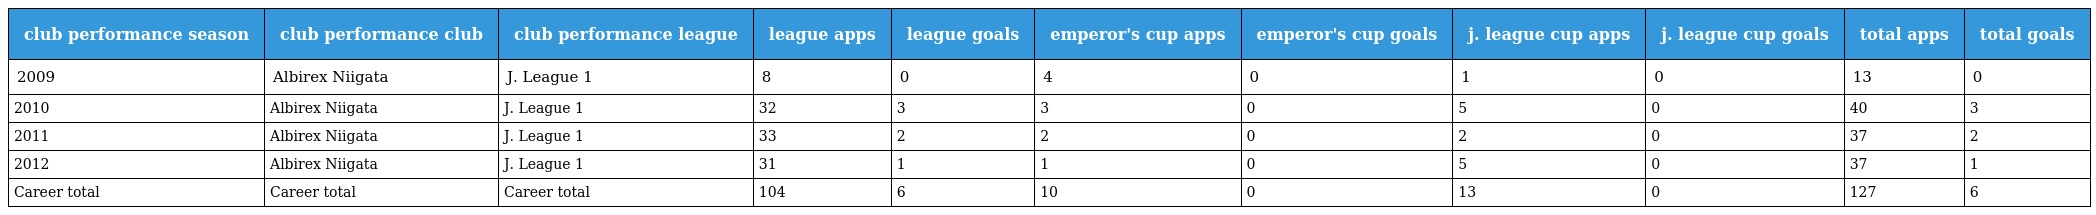
| club performance season | club performance club | club performance league | league apps | league goals | emperor's cup apps | emperor's cup goals | j. league cup apps | j. league cup goals | total apps | total goals |
 | --- | --- | --- | --- | --- | --- | --- | --- | --- | --- | --- |
 | 2009 | Albirex Niigata | J. League 1 | 8 | 0 | 4 | 0 | 1 | 0 | 13 | 0 |
 | 2010 | Albirex Niigata | J. League 1 | 32 | 3 | 3 | 0 | 5 | 0 | 40 | 3 |
 | 2011 | Albirex Niigata | J. League 1 | 33 | 2 | 2 | 0 | 2 | 0 | 37 | 2 |
 | 2012 | Albirex Niigata | J. League 1 | 31 | 1 | 1 | 0 | 5 | 0 | 37 | 1 |
 | Career total | Career total | Career total | 104 | 6 | 10 | 0 | 13 | 0 | 127 | 6 |